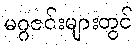
မဂ္ဂဇင်းများတွင်